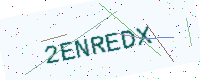
Text: 2ENREDX